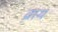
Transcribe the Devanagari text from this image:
व्राथ